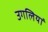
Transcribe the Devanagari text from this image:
उगलियॊं